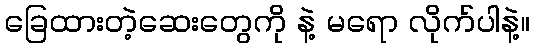
ခြေထားတဲ့ဆေးတွေကို နဲ့ မရော လိုက်ပါနဲ့။